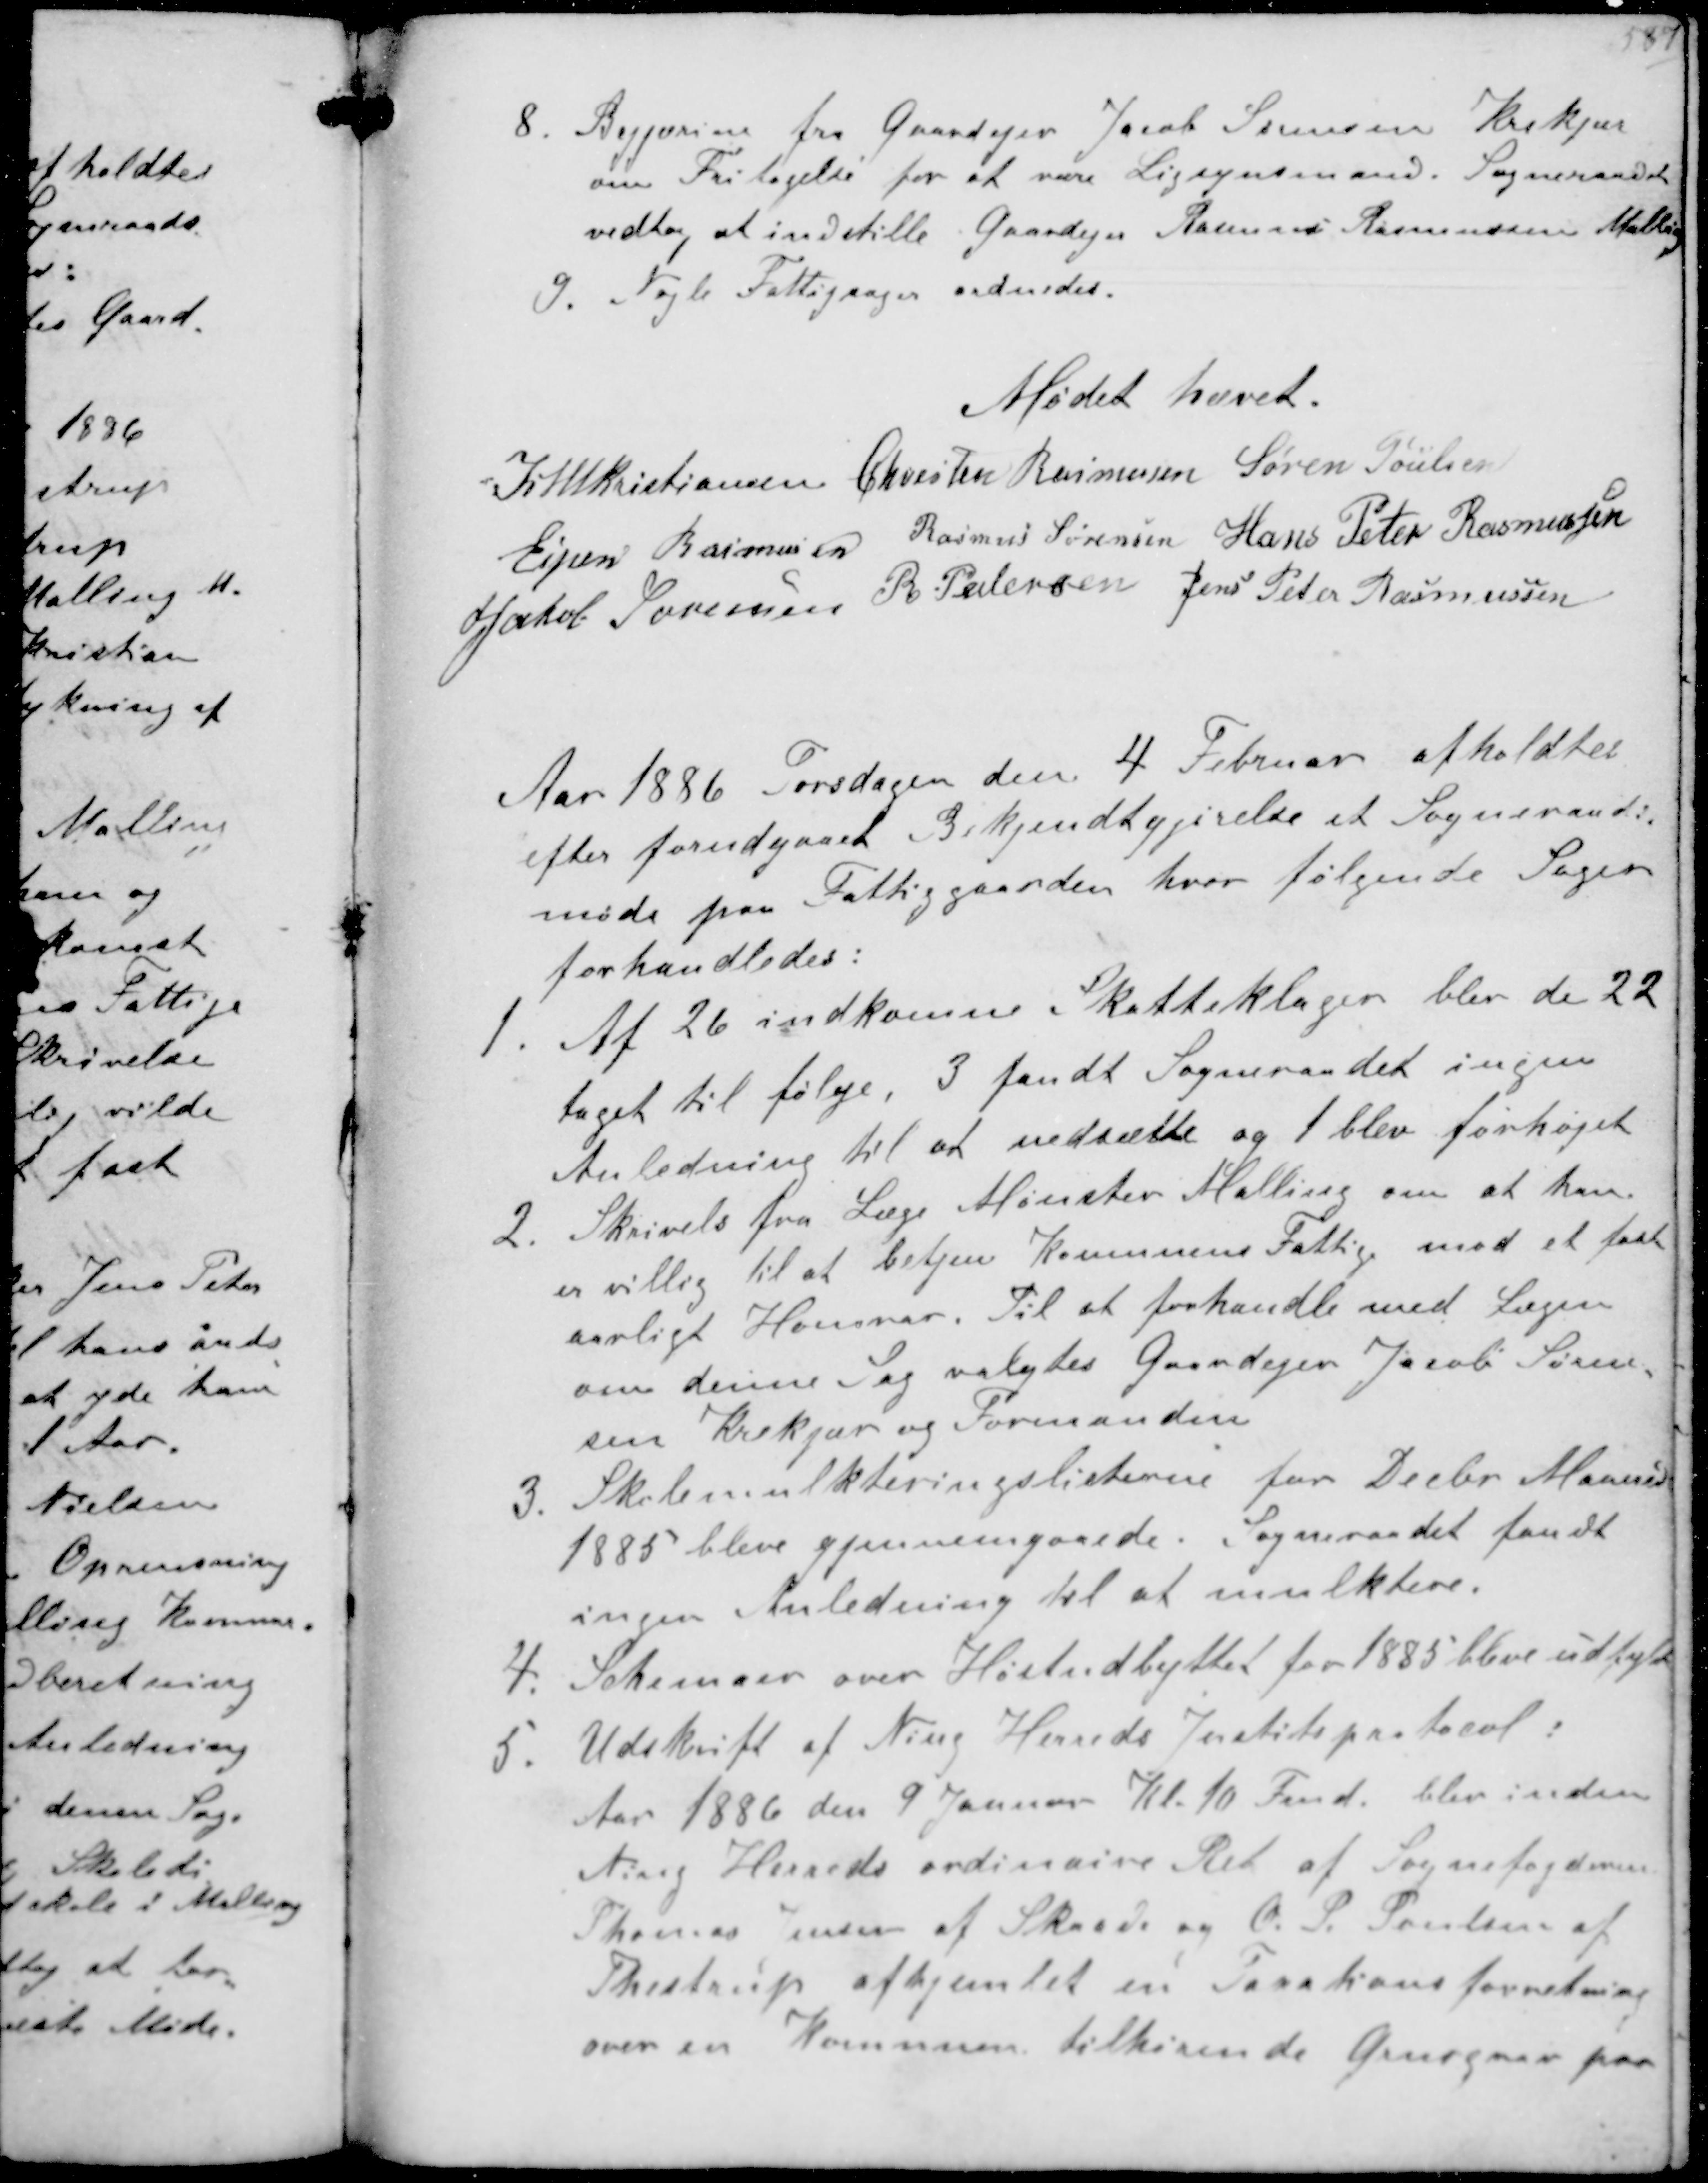
Transskription:
8. Begjæring fra Gaardejer Jacob Sørensen Krekjær
om Fritagelse for at være Ligsynsmand. Sogneraadet
vedtog at indstille Gaardejer Hans Rasmussen Malling
9. Nogle Fattigsager ordnedes.

Mødet hævet

K N M Kristiansen Chresten Rasmussen Søren Poulsen
Espen Rasmussen Rasmus Sørensen Hans Peter Rasmussen
Jakob Sørensen R Pedersen Jens Peter Rasmussen

Aar 1886 Torsdagen den 4 Februar afholdtes
efter forudgaaet Bekjendtgjørelse et Sogneraads-
møde paa Fattiggaarden hvor følgende Sager
forhandledes:
1. Af 26 indkomne Skatteklager blev de 22
taget til følge, 3 fandt Sogneraadet ingen
Anledning til at nedsætte og 1 blev forhøjet
2. Skrivelse fra Læge Mønster Malling om at han
er villig til at betjen Kommunens Fattig mod et fast
aarligt Honorar. Til at forhandle med Lægen
om denne Sag valgtes Gaardejer Jacob Søren-
sen Krekær og Formanden
3. Skolemulkteringslisterne for Decbr Maaned
1885 blev gennemgaaede. Sogneraadet fandt
ingen Anledning til at mulktere.
4. Schemaer over Høstudbyttet for 1885 bleve udfyldt
5. Udskrift af Ning Herreds Justitsprotocol:
Aar 1886 den 9 Januar Kl. 10 Fmd. blev inden
Ning Herreds ordinaire Ret af Sognefogden
Thomas Jensen af Skaade og O. P. Poulsen af
Thestrup afhjemlet en Taxationsforretning
over en Kommunen tilhørende Grusgrav paa